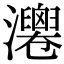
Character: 𤄻